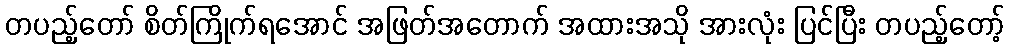
တပည့်တော် စိတ်ကြိုက်ရအောင် အဖြတ်အတောက် အထားအသို အားလုံး ပြင်ပြီး တပည့်တော့်